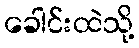
ခေါင်းထဲသို့